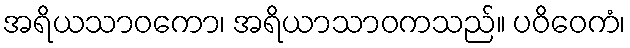
အရိယသာဝကော၊ အရိယာသာဝကသည်။ ပဝိဝေကံ၊